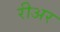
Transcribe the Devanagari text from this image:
रीअर